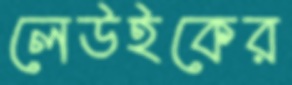
লেউইকের